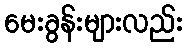
မေးခွန်းများလည်း